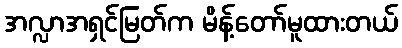
အလ္လာအရှင်မြတ်က မိန့်တော်မူထားတယ်